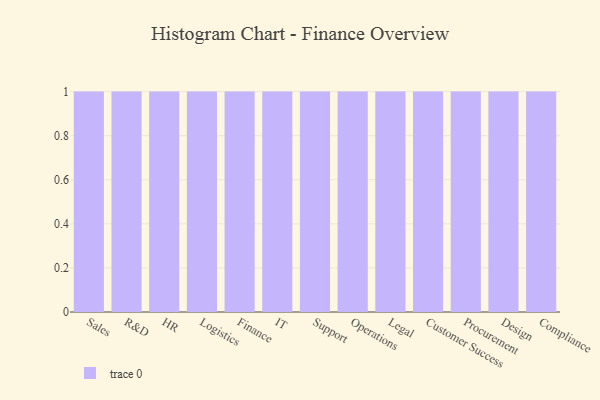
{"axis": {"x": "Department", "y": "Latency (ms)"}, "legend": [""], "data": [{"x": "Sales", "y": 1, "type": ""}, {"x": "R&D", "y": 65, "type": ""}, {"x": "HR", "y": 95, "type": ""}, {"x": "Logistics", "y": 85, "type": ""}, {"x": "Finance", "y": 54, "type": ""}, {"x": "IT", "y": 50, "type": ""}, {"x": "Support", "y": 97, "type": ""}, {"x": "Operations", "y": 11, "type": ""}, {"x": "Legal", "y": 12, "type": ""}, {"x": "Customer Success", "y": 16, "type": ""}, {"x": "Procurement", "y": 66, "type": ""}, {"x": "Design", "y": 35, "type": ""}, {"x": "Compliance", "y": 77, "type": ""}]}